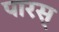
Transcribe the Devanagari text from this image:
पारस्